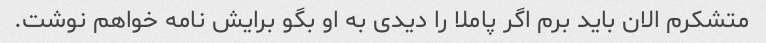
متشکرم الان باید برم اگر پاملا را دیدی به او بگو برایش نامه خواهم نوشت.